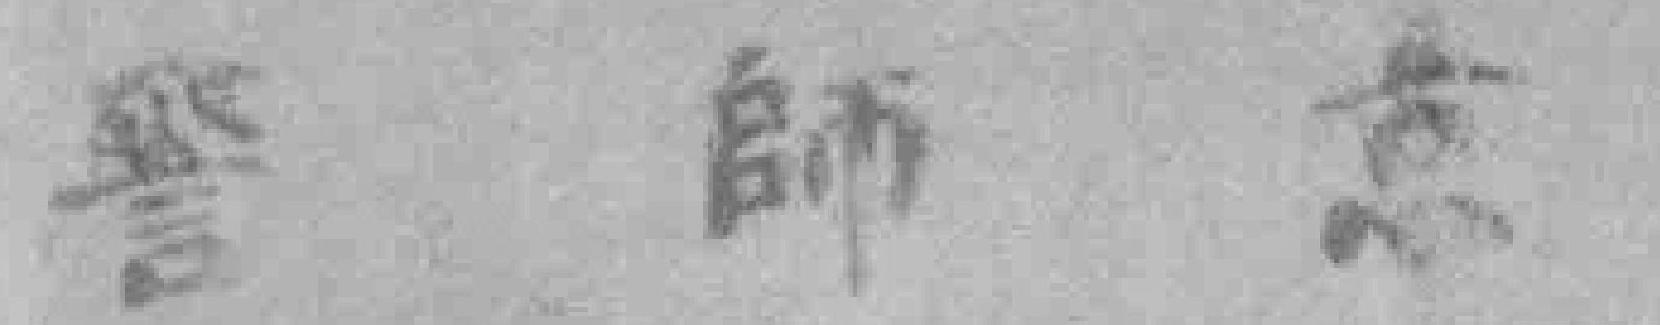
警師京